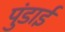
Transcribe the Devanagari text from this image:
पुंडाई